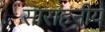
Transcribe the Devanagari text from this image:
साराहनीय